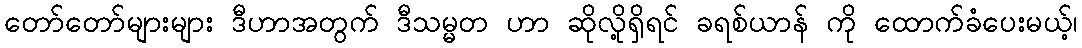
တော်တော်များများ ဒီဟာအတွက် ဒီသမ္မတ ဟာ ဆိုလို့ရှိရင် ခရစ်ယာန် ကို ထောက်ခံပေးမယ့်၊